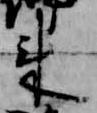
来